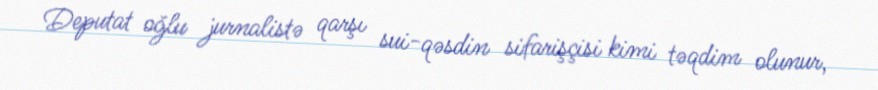
Deputat oğlu jurnalistə qarşı sui-qəsdin sifarişçisi kimi təqdim olunur,